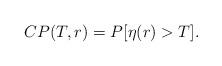
LaTeX: \begin{align*} CP(T,r)= P[\eta(r)>T].\end{align*}